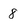
Character: 8